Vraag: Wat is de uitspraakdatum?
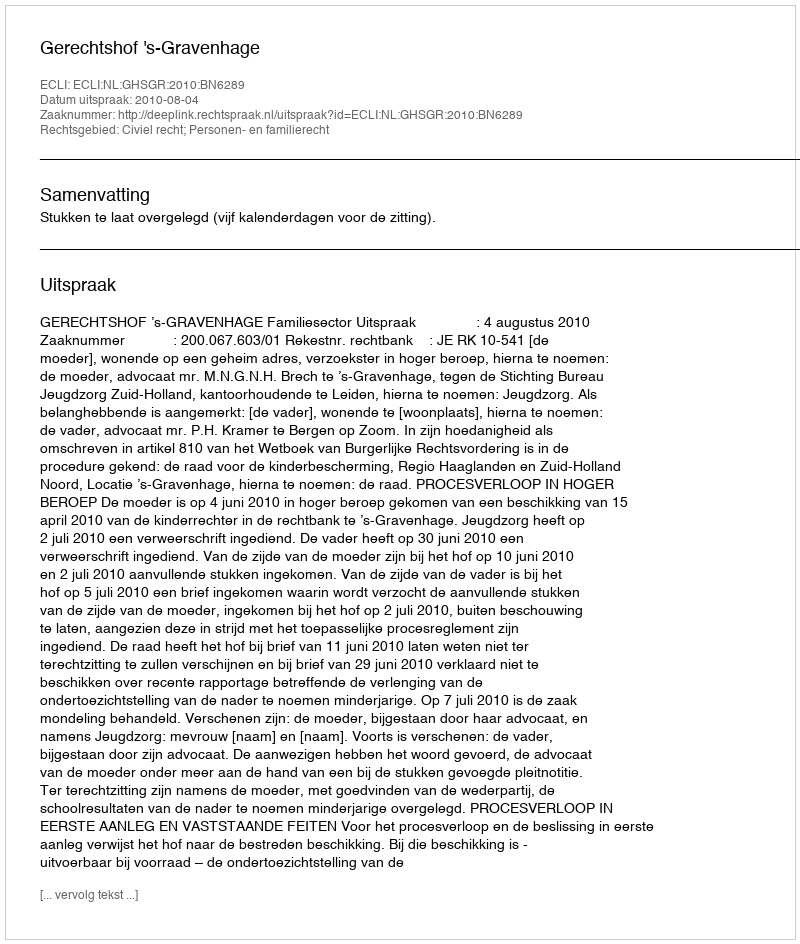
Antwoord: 2010-08-04